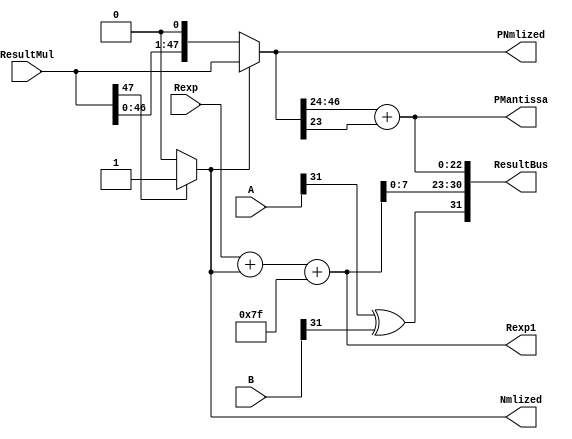
`timescale 1ns/1ns
module ResPreparation(output Nmlized,output [47:0] PNmlized,output[22:0] PMantissa,output [9:0] Rexp1,input[47:0] ResultMul,output[31:0] ResultBus,input[31:0] A,B,input[9:0]Rexp);
	assign Nmlized = ResultMul[47] ? 1'b1 : 1'b0;
	assign PNmlized = Nmlized ? ResultMul : ResultMul << 1;
	assign PMantissa = PNmlized[46:24] + PNmlized[23];
	assign Rexp1 = Rexp + Nmlized+8'b01111111;
	assign ResultBus = {A[31]^B[31], Rexp1[7:0], PMantissa};
endmodule